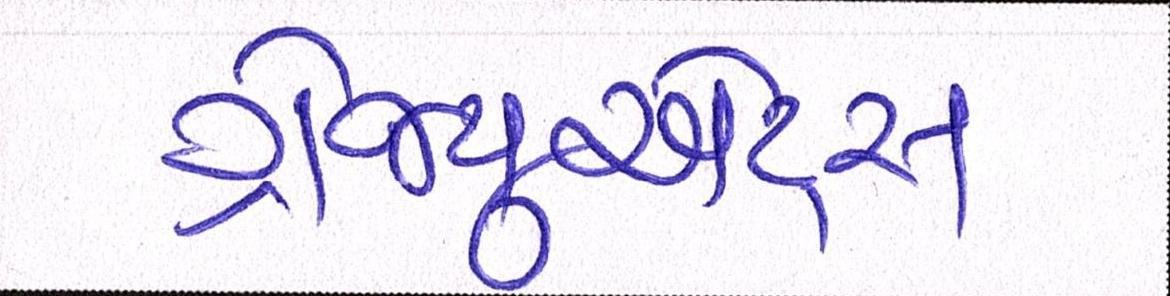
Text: ગ્રેજ્યુએટ્સ